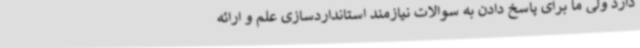
دارد ولی ما برای پاسخ دادن به سوالات نیازمند استانداردسازی علم و ارائه